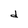
Character: d